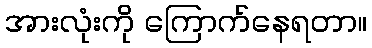
အားလုံးကို ကြောက်နေရတာ။